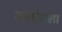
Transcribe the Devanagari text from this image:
मोहोराला